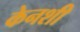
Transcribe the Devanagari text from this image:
केनशी